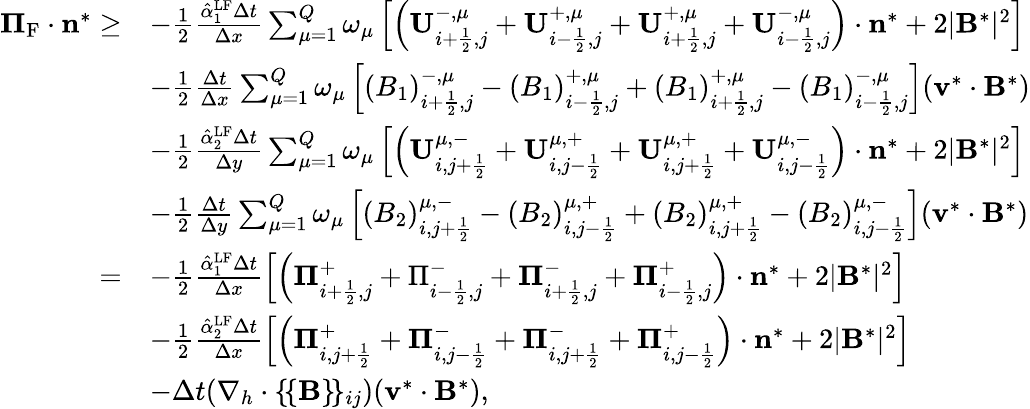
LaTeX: \begin{array}{rl}{{\mathbf\Pi}_{\mathrm{{{F}}}}\cdot\mathbf{n}^{*}\ge}&{-\frac{1}{2}\frac{\hat{\alpha}_{1}^{\mathrm{LF}}\Delta t}{\Delta x}\sum_{\mu=1}^{Q}\omega_{\mu}\left[\left(\mathbf{U}_{i+\frac{1}{2},j}^{-,\mu}+\mathbf{U}_{i-\frac{1}{2},j}^{+,\mu}+\mathbf{U}_{i+\frac{1}{2},j}^{+,\mu}+\mathbf{U}_{i-\frac{1}{2},j}^{-,\mu}\right)\cdot\mathbf{n}^{*}+2|\mathbf{B}^{*}|^{2}\right]}\\ &{-\frac{1}{2}\frac{\Delta t}{\Delta x}\sum_{\mu=1}^{Q}\omega_{\mu}\left[(B_{1})_{i+\frac{1}{2},j}^{-,\mu}-(B_{1})_{i-\frac{1}{2},j}^{+,\mu}+(B_{1})_{i+\frac{1}{2},j}^{+,\mu}-(B_{1})_{i-\frac{1}{2},j}^{-,\mu}\right]({\mathbf v}^{*}\cdot{\mathbf B}^{*})}\\ &{-\frac{1}{2}\frac{\hat{\alpha}_{2}^{\mathrm{{LF}}}\Delta t}{\Delta y}\sum_{\mu=1}^{Q}\omega_{\mu}\left[\left(\mathbf{U}_{i,j+\frac{1}{2}}^{\mu,-}+\mathbf{U}_{i,j-\frac{1}{2}}^{\mu,+}+\mathbf{U}_{i,j+\frac{1}{2}}^{\mu,+}+\mathbf{U}_{i,j-\frac{1}{2}}^{\mu,-}\right)\cdot\mathbf{n}^{*}+2|\mathbf{B}^{*}|^{2}\right]}\\ &{-\frac{1}{2}\frac{\Delta t}{\Delta y}\sum_{\mu=1}^{Q}\omega_{\mu}\left[(B_{2})_{i,j+\frac{1}{2}}^{\mu,-}-(B_{2})_{i,j-\frac{1}{2}}^{\mu,+}+(B_{2})_{i,j+\frac{1}{2}}^{\mu,+}-(B_{2})_{i,j-\frac{1}{2}}^{\mu,-}\right]({\mathbf v}^{*}\cdot{\mathbf B}^{*})}\\ {=}&{-\frac{1}{2}\frac{\hat{\alpha}_{1}^{\mathrm{LF}}\Delta t}{\Delta x}\left[\left({\mathbf\Pi}_{i+\frac{1}{2},j}^{+}+\Pi_{i-\frac{1}{2},j}^{-}+{\mathbf\Pi}_{i+\frac{1}{2},j}^{-}+{\mathbf\Pi}_{i-\frac{1}{2},j}^{+}\right)\cdot\mathbf{n}^{*}+2|\mathbf{B}^{*}|^{2}\right]}\\ &{-\frac{1}{2}\frac{\hat{\alpha}_{2}^{\mathrm{{LF}}}\Delta t}{\Delta x}\left[\left({\mathbf\Pi}_{i,j+\frac{1}{2}}^{+}+{\mathbf\Pi}_{i,j-\frac{1}{2}}^{-}+{\mathbf\Pi}_{i,j+\frac{1}{2}}^{-}+{\mathbf\Pi}_{i,j-\frac{1}{2}}^{+}\right)\cdot\mathbf{n}^{*}+2|\mathbf{B}^{*}|^{2}\right]}\\ &{-\Delta t(\nabla_{h}\cdot\lbrace\! \lbrace\mathbf{B}\rbrace\! \rbrace_{ij})(\mathbf{v}^{*}\cdot\mathbf{B}^{*}),}\end{array}